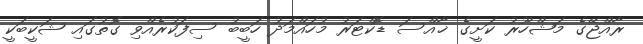
ރާއްޖޭގެ މަޝްހޫރު ކަށީގެ ޚާއްސަ ޑޮކްޓަރު މުހައްމަދު ހަބީބު ސިފަކުރެއްވި ގޮތުގައި ޝަކީބަކީ